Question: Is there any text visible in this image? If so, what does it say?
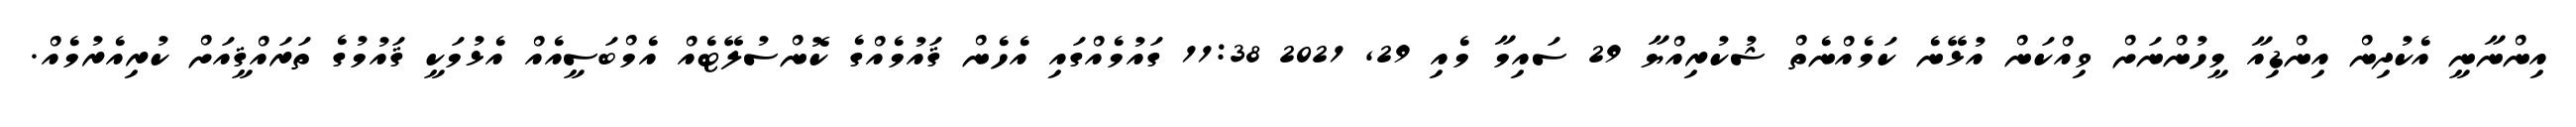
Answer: އިންނާނީ އެކުދިން އިންޑިއާ މީހުންނަށް ވިއްކަން އުޅޭނެ ކަމެއްނެތް ޝުކުރިއްޔާ 29 ސައިމާ މެއި 29, 2021 11:38 ގައުމެއްގައި އެހެން ޤައުމެއްގެ ކޮންސުލޭޓެއް އެމްބަސީއެއް އެޅުމަކީ ޤައުމުގެ ތަރައްޤީއަށް ކުރިއެރުމެއް.